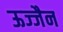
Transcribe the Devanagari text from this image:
ऊज्जैन